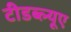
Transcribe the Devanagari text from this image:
टीडब्ल्‍यूए